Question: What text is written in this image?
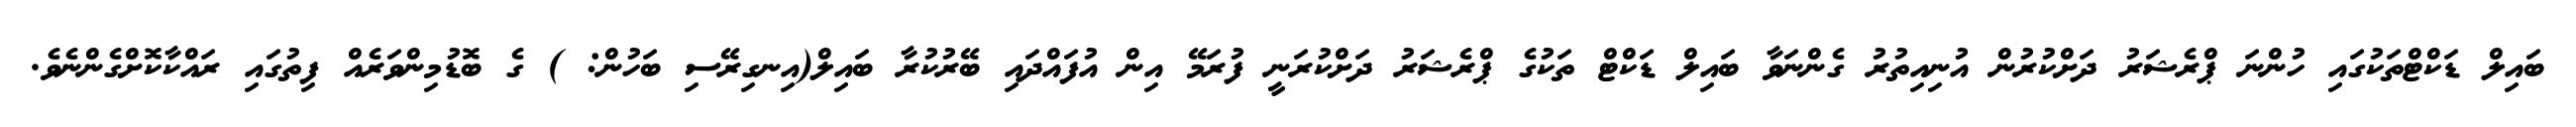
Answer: ބައިލް ޑަކްޓްތަކުގައި ހުންނަ ޕްރެޝަރު ދަށްކުރުން އުނިއިތުރު ގެންނަވާ ބައިލް ޑަކްޓް ތަކުގެ ޕްރެޝަރު ދަށްކުރަނީ ފުރަމޭ އިން އުފައްދައި ބޭރުކުރާ ބައިލް(އިނގިރޭސި ބަހުން: ) ގެ ބޮޑުމިންވަރެއް ފިތުގައި ރައްކާކޮށްގެންނެވެ.